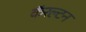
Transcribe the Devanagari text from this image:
कॅरल्टन